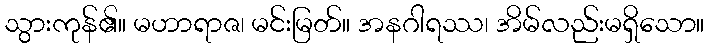
သွားကုန်၏။ မဟာရာဇ၊ မင်းမြတ်။ အနဂါရဿ၊ အိမ်လည်းမရှိသော။